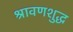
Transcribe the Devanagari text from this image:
श्रावणशुद्ध